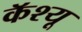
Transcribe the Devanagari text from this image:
कॅश्यू